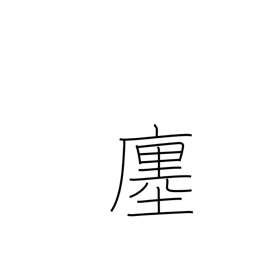
Meaning: store